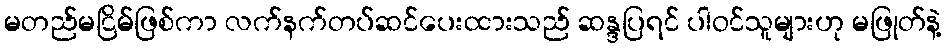
မတည်မငြိမ်ဖြစ်ကာ လက်နက်တပ်ဆင်ပေးထားသည် ဆန္ဒပြရင် ပါဝင်သူများဟု မဖြုတ်နဲ့